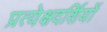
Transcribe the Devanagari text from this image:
प्रत्येक्षदर्शियों